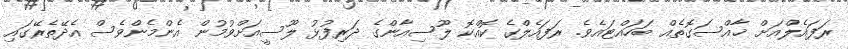
ރަފައެލްއަށް ޚާއްސަގޮތެއް ބަހައްޓައެވެ. ރަފައެލްގެ ކޮއްކޮ ލޫސިއާންގެ ދަރިފުޅު ލޫސީއަށްވުމުން އެންމެންވެސް އެދޭތެރޭގައި